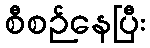
စီစဉ်နေပြီး